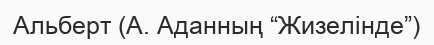
Альберт (А. Аданның “Жизелінде”)